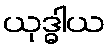
ယုဒ္ဓါယ